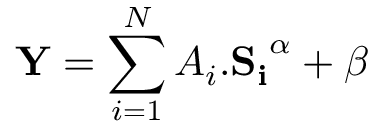
\mathbf { Y } = \sum _ { i = 1 } ^ { N } A _ { i } . \mathbf { S _ { i } } ^ { \alpha } + \beta